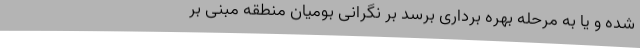
شده و یا به مرحله بهره برداری برسد بر نگرانی بومیان منطقه مبنی بر